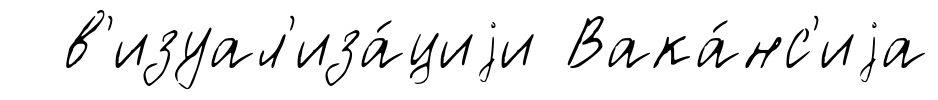
в'изуал'иза́циjи Вака́нс'иjа